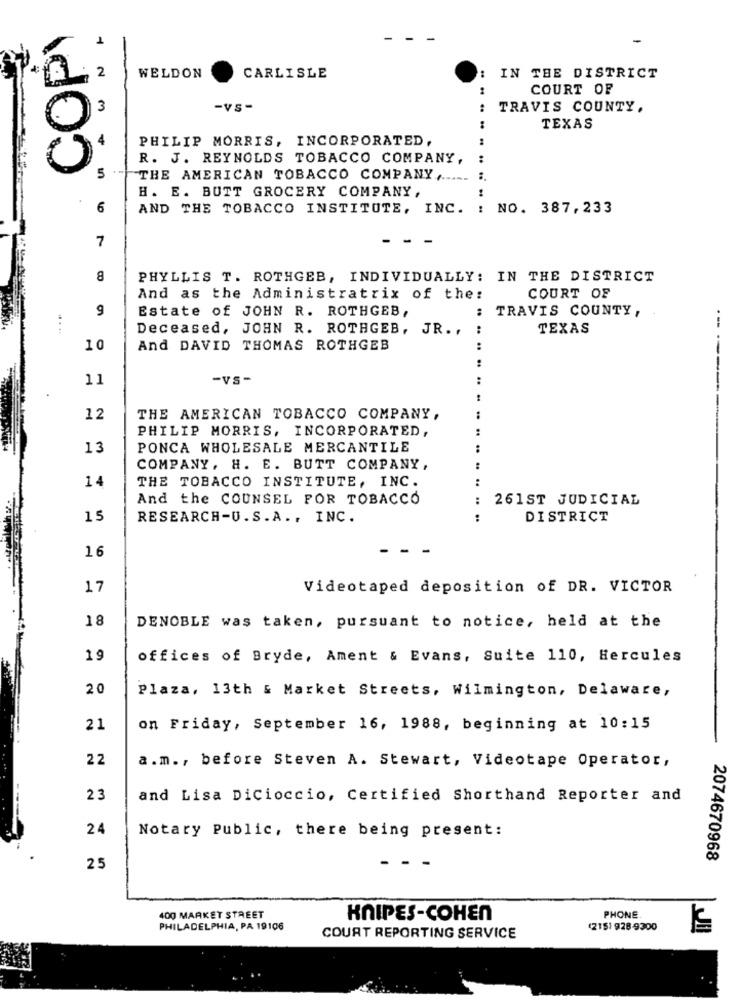
COPY
2
WELDON
CARLISLE
IN THE DISTRICT
COURT OF
3
-VS -
TRAVIS COUNTY.
TEXAS
PHILIP MORRIS, INCORPORATED,
R. J. REYNOLDS TOBACCO COMPANY,
:
n
THE AMERICAN TOBACCO COMPANY ,.....
:
H. E. BUTT GROCERY COMPANY,
6
AND THE TOBACCO INSTITUTE, INC. : NO. 387,233
7
8
PHYLLIS T. ROTHGEB, INDIVIDUALLY: IN THE DISTRICT
And as the Administratrix of the:
COURT OF
9
Estate of JOHN R. ROTHGEB,
:
TRAVIS COUNTY,
....
Deceased, JOHN R. ROTHGEB,
JR. .
:
TEXAS
10
And DAVID THOMAS ROTHGEB
..
11
-VS-
12
THE AMERICAN TOBACCO COMPANY,
---------
PHILIP MORRIS, INCORPORATED,
13
PONCA WHOLESALE MERCANTILE
COMPANY, H. E. BUTT COMPANY,
14
THE TOBACCO INSTITUTE, INC.
And the COUNSEL FOR TOBACCO
261ST JUDICIAL
15
RESEARCH-U.S.A ., INC.
DISTRICT
16
17
Videotaped deposition of DR. VICTOR
18
DENOBLE was taken, pursuant to notice, held at the
19
offices of Bryde, Ament & Evans, Suite 110, Hercules
20
Plaza, 13th & Market Streets, Wilmington, Delaware,
21
on Friday, September 16, 1988, beginning at 10:15
22
a.m ., before Steven A. Stewart, Videotape Operator,
23
and Lisa Dicioccio, Certified Shorthand Reporter and
24
Notary Public, there being present:
2074670968
25
- -
400 MARKET STREET
KNIPES-COHEN
PHONE
PHILADELPHIA, PA 19106
(2151 928-9300
COURT REPORTING SERVICE